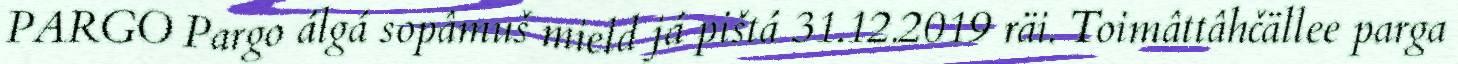
PARGO Pargo álgá sopâmuš mield já pištá 31.12.2019 räi. Toimâttâhčällee parga